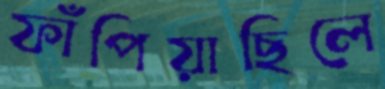
ফাঁপিয়াছিলে